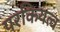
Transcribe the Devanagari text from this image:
परकियत्व